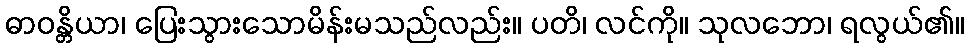
ဓာဝန္တိယာ၊ ပြေးသွားသောမိန်းမသည်လည်း။ ပတိ၊ လင်ကို။ သုလဘော၊ ရလွယ်၏။